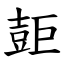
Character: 壾